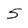
Character: 5